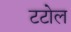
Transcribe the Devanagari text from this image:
टटोल